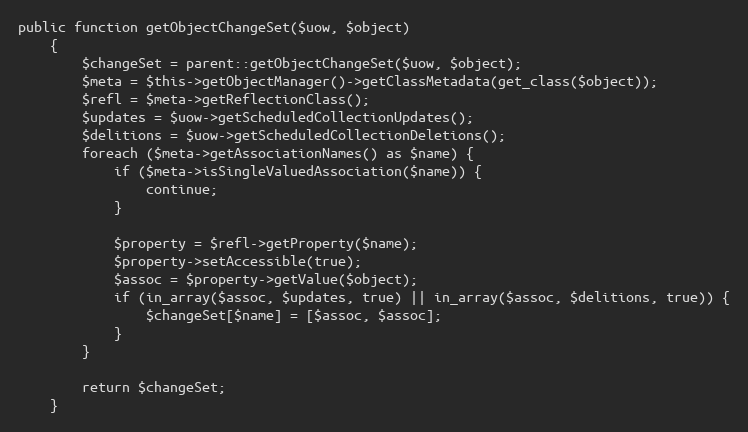
Language: PHP
public function getObjectChangeSet($uow, $object)
    {
        $changeSet = parent::getObjectChangeSet($uow, $object);
        $meta = $this->getObjectManager()->getClassMetadata(get_class($object));
        $refl = $meta->getReflectionClass();
        $updates = $uow->getScheduledCollectionUpdates();
        $delitions = $uow->getScheduledCollectionDeletions();
        foreach ($meta->getAssociationNames() as $name) {
            if ($meta->isSingleValuedAssociation($name)) {
                continue;
            }

            $property = $refl->getProperty($name);
            $property->setAccessible(true);
            $assoc = $property->getValue($object);
            if (in_array($assoc, $updates, true) || in_array($assoc, $delitions, true)) {
                $changeSet[$name] = [$assoc, $assoc];
            }
        }

        return $changeSet;
    }